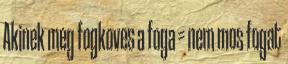
Akinek meg fogkoves a foga = nem mos fogat